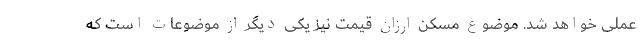
عملی خواهد شد. موضوع مسکن ارزان قیمت نیز یکی دیگر از موضوعات است که